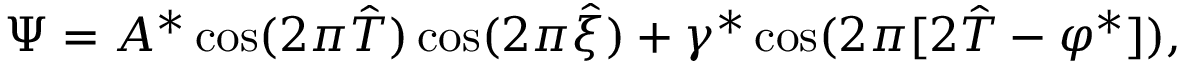
\Psi = A ^ { * } \cos ( 2 \pi \hat { T } ) \cos ( 2 \pi \hat { \xi } ) + \gamma ^ { * } \cos ( 2 \pi [ 2 \hat { T } - \varphi ^ { * } ] ) ,